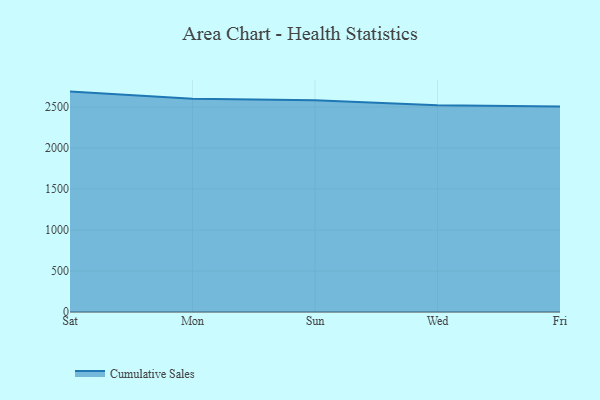
{"axis": {"x": "Day", "y": "Satisfaction Score"}, "legend": ["Cumulative Sales"], "data": [{"x": "Sat", "y": 2687.7, "type": "Cumulative Sales"}, {"x": "Mon", "y": 2599.8, "type": "Cumulative Sales"}, {"x": "Sun", "y": 2582.0, "type": "Cumulative Sales"}, {"x": "Wed", "y": 2522.0, "type": "Cumulative Sales"}, {"x": "Fri", "y": 2505.2, "type": "Cumulative Sales"}]}